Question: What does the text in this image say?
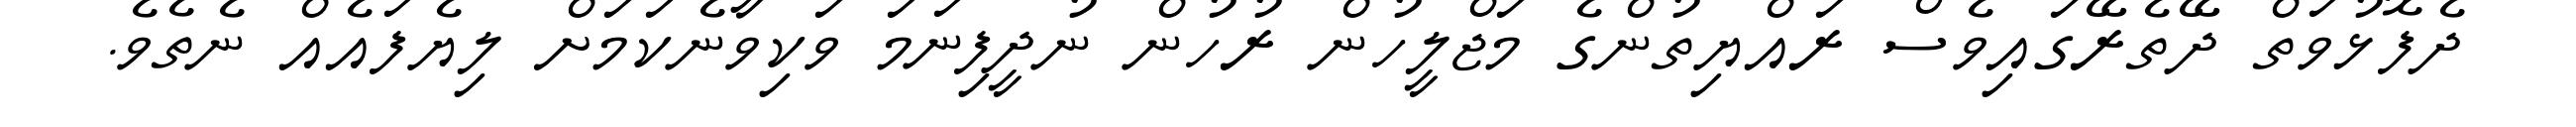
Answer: ދެފޮޅުވަތް ދޭތެރޭގައިވެސް ރައްޔިތުންގެ މަޖްލީހުން ރުހުން ނުދީފިނަމަ ވަކިވާނެކަމަށް ލިޔެފައެއް ނެތެވެ.